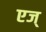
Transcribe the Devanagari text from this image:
एज्